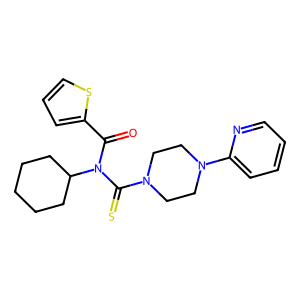
SMILES: O=C(c1cccs1)N(C(=S)N1CCN(c2ccccn2)CC1)C1CCCCC1
Inhibits HIV replication: No